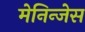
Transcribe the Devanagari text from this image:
मेनिन्जेस